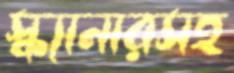
স্ক্যানারসহ